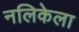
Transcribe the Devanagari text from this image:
नलिकेला